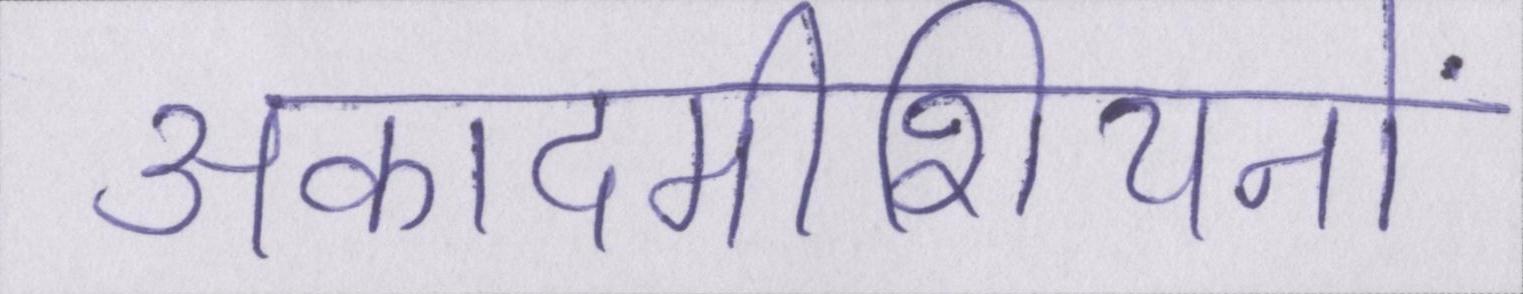
अकादमीशियनों